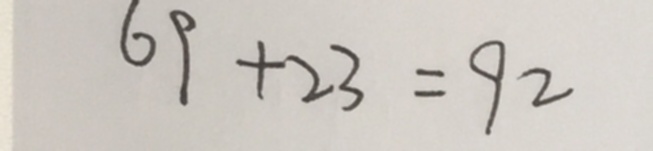
6 9 + 2 3 = 9 2